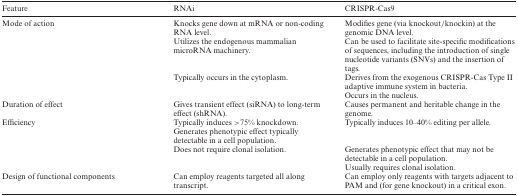
<table><thead><tr><td><b>Feature</b></td><td><b>RNAi</b></td><td><b>CRISPR-Cas9</b></td></tr></thead><tbody><tr><td>Mode of action</td><td>Knocks gene down at mRNA or non-coding RNA level.</td><td>Modifies gene (via knockout/knockin) at the genomic DNA level.</td></tr><tr><td></td><td>Utilizes the endogenous mammalian microRNA machinery.</td><td>Can be used to facilitate site-specific modifications of sequences, including the introduction of single nucleotide variants (SNVs) and the insertion of tags.</td></tr><tr><td></td><td>Typically occurs in the cytoplasm.</td><td>Derives from the exogenous CRISPR-Cas Type II adaptive immune system in bacteria.</td></tr><tr><td></td><td></td><td>Occurs in the nucleus.</td></tr><tr><td>Duration of effect</td><td>Gives transient effect (siRNA) to long-term effect (shRNA).</td><td>Causes permanent and heritable change in the genome.</td></tr><tr><td>Efficiency</td><td>Typically induces &gt;75% knockdown. Generates phenotypic effect typically detectable in a cell population.</td><td>Typically induces 10–40% editing per allele.</td></tr><tr><td></td><td>Does not require clonal isolation.</td><td>Generates phenotypic effect that may not be detectable in a cell population.</td></tr><tr><td></td><td></td><td>Usually requires clonal isolation.</td></tr><tr><td>Design of functional components</td><td>Can employ reagents targeted all along transcript.</td><td>Can employ only reagents with targets adjacent to PAM and (for gene knockout) in a critical exon.</td></tr></tbody></table>